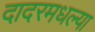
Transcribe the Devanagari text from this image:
दादरमधल्या